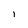
Character: 1